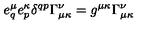
e _ { q } ^ { \mu } e _ { p } ^ { \kappa } \delta ^ { q p } \Gamma _ { \mu \kappa } ^ { \nu } = g ^ { \mu \kappa } \Gamma _ { \mu \kappa } ^ { \nu }